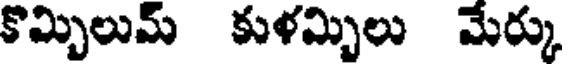
కొమ్బిలుమ్ కుళమ్బిలు మేర్కు